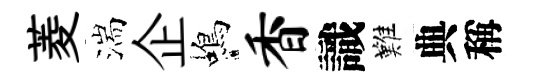
菱湍企蝎香識難典稱